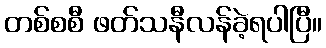
တစ်စစီ ဖတ်သနီလန်ခဲ့ရပါပြီ။